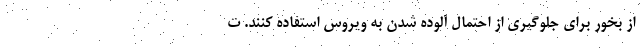
از بخور برای جلوگیری از احتمال آلوده شدن به ویروس استفاده کنند. ت